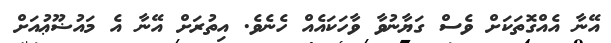
އޭނާ އެއްގޮތަކަށް ވެސް ގަޔާނުވާ ވާހަކައެއް ހެނެވެ. އިތުރަށް އޭނާ އެ މައުޟޫޢުއަށް